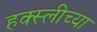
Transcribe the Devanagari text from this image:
हक्स्लीच्या